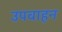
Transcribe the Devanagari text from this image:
उपवाहन